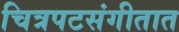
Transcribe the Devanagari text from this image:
चित्रपटसंगीतात